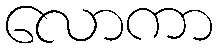
လောကာ